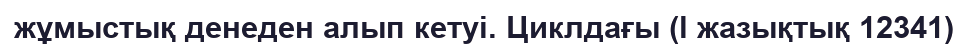
жұмыстық денеден алып кетуі. Циклдағы (l жазықтық 12341)